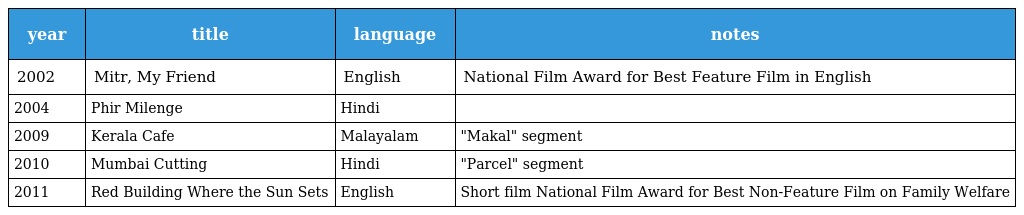
| year | title | language | notes |
 | --- | --- | --- | --- |
 | 2002 | Mitr, My Friend | English | National Film Award for Best Feature Film in English |
 | 2004 | Phir Milenge | Hindi |  |
 | 2009 | Kerala Cafe | Malayalam | "Makal" segment |
 | 2010 | Mumbai Cutting | Hindi | "Parcel" segment |
 | 2011 | Red Building Where the Sun Sets | English | Short film National Film Award for Best Non-Feature Film on Family Welfare |